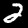
Label: 2